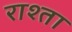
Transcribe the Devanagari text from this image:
राश्ता